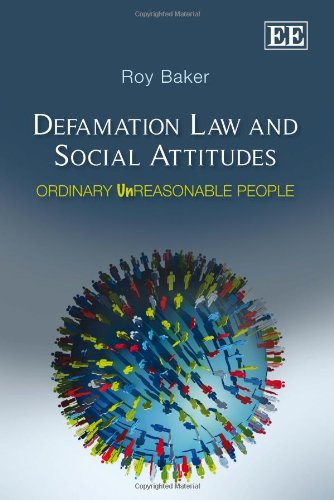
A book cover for Defamation Law and Social Attitudes: Ordinary Unreasonable People; Roy Baker; Law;